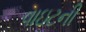
વાઇટની